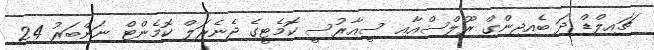
ޗައިލްޑް ދަ ބެއިޖިންގް ރޫލްސްއާއި ސީއާރުސީ ކޮމެޓީގެ ޖެނެރަލް ކޮމެންޓް ނަންބަރު 24